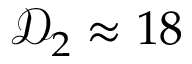
\mathcal { D } _ { 2 } \approx 1 8